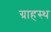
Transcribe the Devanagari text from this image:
ग्राहस्थ